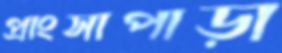
প্রাংসাপাড়া